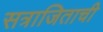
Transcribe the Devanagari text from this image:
सत्राजिताची